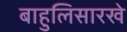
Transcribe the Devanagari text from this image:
बाहुलिसारखे